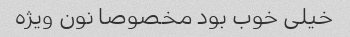
خیلی خوب بود مخصوصا نون ویژه